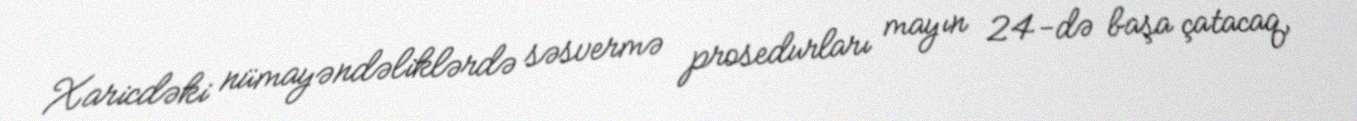
Xaricdəki nümayəndəliklərdə səsvermə prosedurları mayın 24-də başa çatacaq,